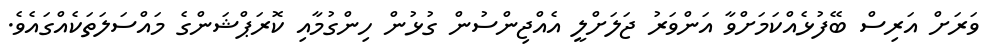
ވަރަށް އަރިސް ބޭފުޅެއްކަމަށްވާ އަންވަރު ޖަލަށްލީ އެއްޖިންސުން ގުޅުން ހިންގުމާއި ކޮރަޕްޝަންގެ މައްސަލަތަކެއްގައެވެ.